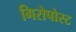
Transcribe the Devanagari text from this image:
गिरोपोस्ट